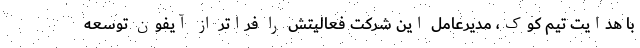
با هدایت تیم کوک، مدیرعامل این شرکت فعالیتش را فراتر از آیفون توسعه